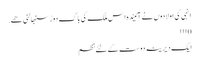
انہی کی اولادوں نے آئیندہ اس ملک کی باگ دوڑ سنبھالنی ھے.
0 ۱۱۱
ایک دیرینہ دوست کےلئے نظم